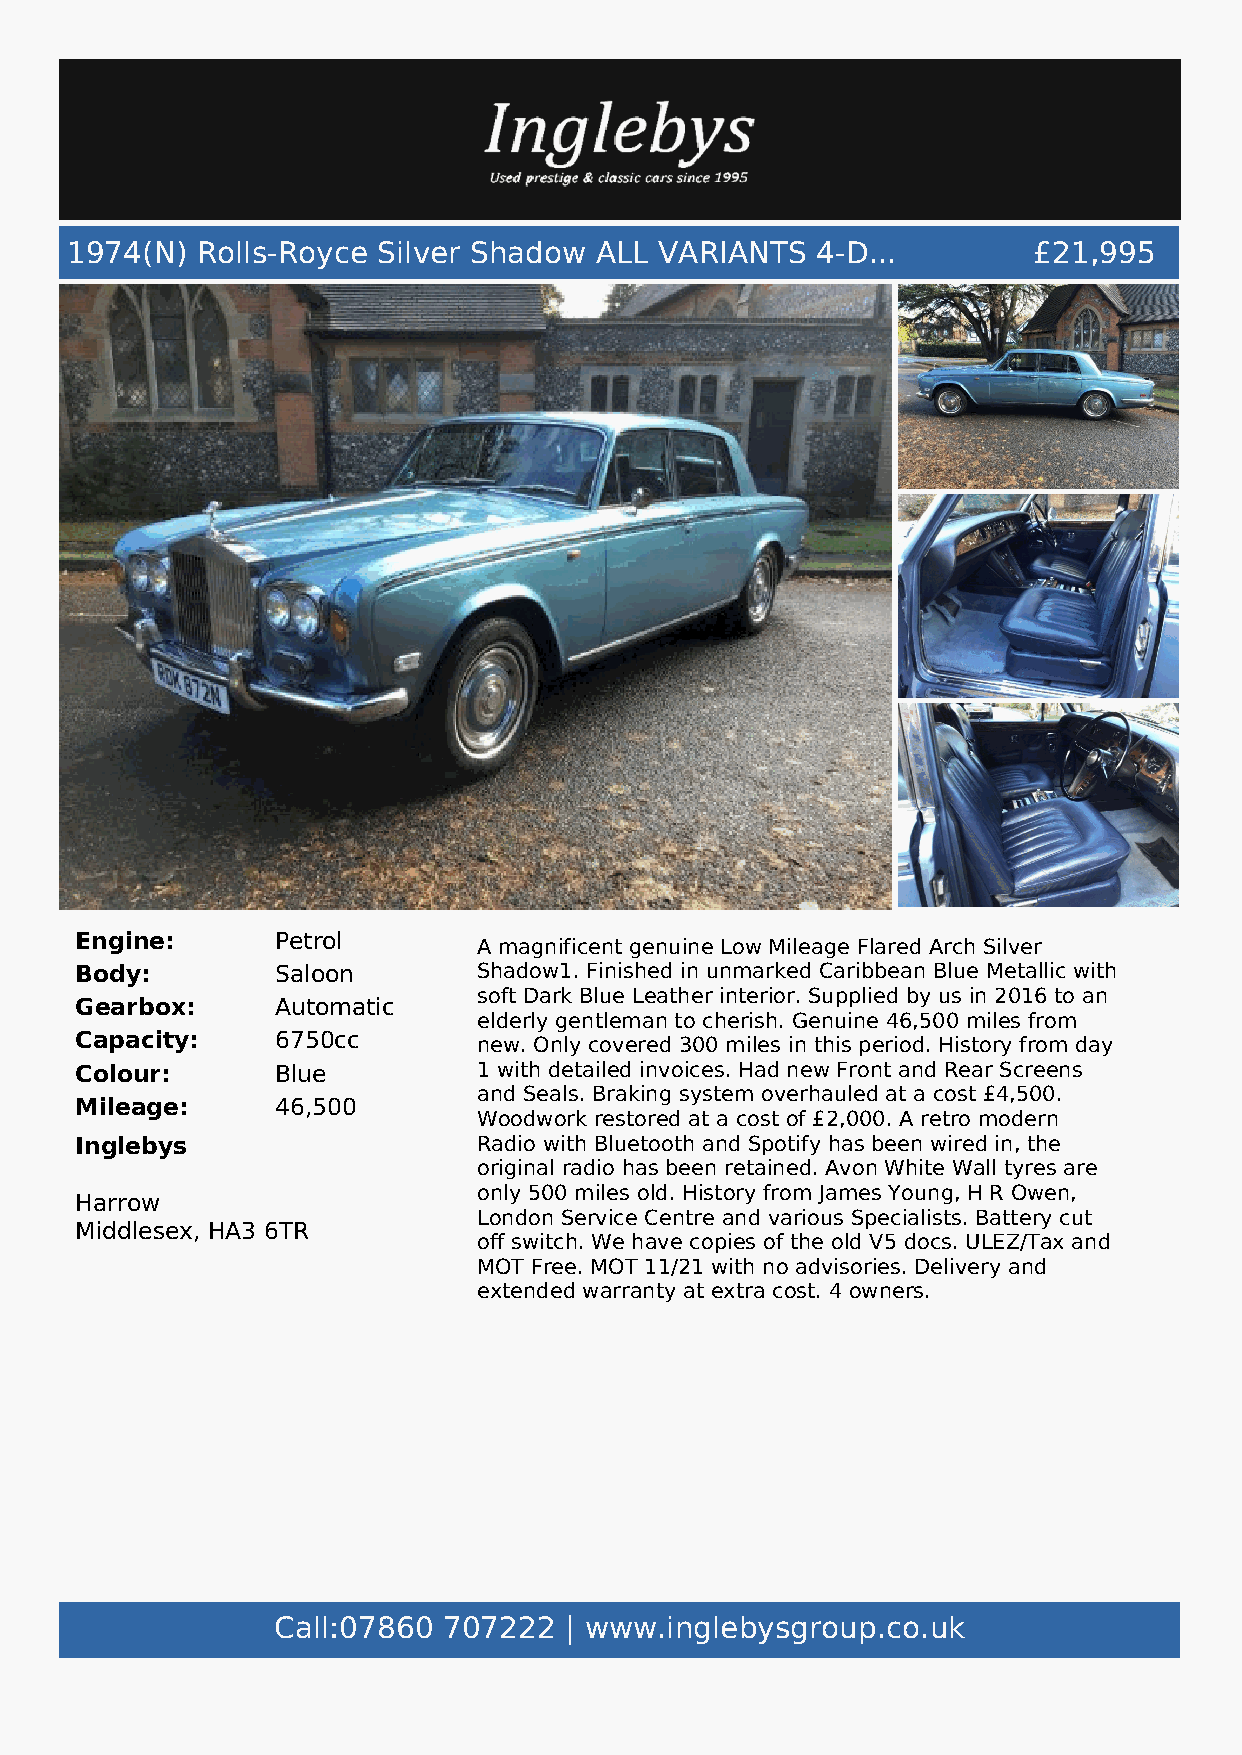
1974(N)  Rolls-Royce Silver Shadow ALL  VARIANTS  4-D...        £21,995
 Engine:      Petrol
 A magnificent genuine Low Mileage Flared Arch Silver
 Body:        Saloon        Shadow1. Finished in unmarked Caribbean Blue Metallic with
 soft Dark Blue Leather interior. Supplied by us in 2016 to an
 Gearbox:     Automatic
 elderly gentleman to cherish. Genuine 46,500 miles from
 Capacity:    6750cc        new. Only covered 300 miles in this period. History from day
 Colour:      Blue          1 with detailed invoices. Had new Front and Rear Screens
 and Seals. Braking system overhauled at a cost £4,500.
 Mileage:     46,500
 Woodwork restored at a cost of £2,000. A retro modern
 Inglebys                   Radio with Bluetooth and Spotify has been wired in, the
 original radio has been retained. Avon White Wall tyres are
 only 500 miles old. History from James Young, H R Owen,
 Harrow
 London Service Centre and various Specialists. Battery cut
 Middlesex, HA3 6TR
 off switch. We have copies of the old V5 docs. ULEZ/Tax and
 MOT Free. MOT 11/21 with no advisories. Delivery and
 extended warranty at extra cost. 4 owners.
 Call:07860 707222  | www.inglebysgroup.co.uk